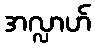
အလ္လာဟ်